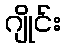
ဂျိုင်း